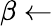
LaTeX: \beta\gets